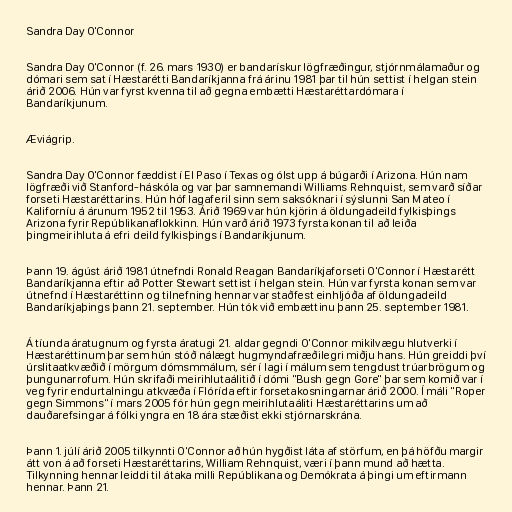
Sandra Day O'Connor

Sandra Day O'Connor (f. 26. mars 1930) er bandarískur lögfræðingur, stjórnmálamaður og
dómari sem sat í Hæstarétti Bandaríkjanna frá árinu 1981 þar til hún settist í helgan stein
árið 2006. Hún var fyrst kvenna til að gegna embætti Hæstaréttardómara í
Bandaríkjunum.

Æviágrip.

Sandra Day O'Connor fæddist í El Paso í Texas og ólst upp á búgarði í Arizona. Hún nam
lögfræði við Stanford-háskóla og var þar samnemandi Williams Rehnquist, sem varð síðar
forseti Hæstaréttarins. Hún hóf lagaferil sinn sem saksóknari í sýslunni San Mateo í
Kaliforníu á árunum 1952 til 1953. Árið 1969 var hún kjörin á öldungadeild fylkisþings
Arizona fyrir Repúblikanaflokkinn. Hún varð árið 1973 fyrsta konan til að leiða
þingmeirihluta á efri deild fylkisþings í Bandaríkjunum.

Þann 19. ágúst árið 1981 útnefndi Ronald Reagan Bandaríkjaforseti O'Connor í Hæstarétt
Bandaríkjanna eftir að Potter Stewart settist í helgan stein. Hún var fyrsta konan sem var
útnefnd í Hæstaréttinn og tilnefning hennar var staðfest einhljóða af öldungadeild
Bandaríkjaþings þann 21. september. Hún tók við embættinu þann 25. september 1981.

Á tíunda áratugnum og fyrsta áratugi 21. aldar gegndi O'Connor mikilvægu hlutverki í
Hæstaréttinum þar sem hún stóð nálægt hugmyndafræðilegri miðju hans. Hún greiddi því
úrslitaatkvæðið í mörgum dómsmmálum, sér í lagi í málum sem tengdust trúarbrögum og
þungunarrofum. Hún skrifaði meirihlutaálitið í dómi "Bush gegn Gore" þar sem komið var í
veg fyrir endurtalningu atkvæða í Flórída eftir forsetakosningarnar árið 2000. Í máli "Roper
gegn Simmons" í mars 2005 fór hún gegn meirihlutaáliti Hæstaréttarins um að
dauðarefsingar á fólki yngra en 18 ára stæðist ekki stjórnarskrána.

Þann 1. júlí árið 2005 tilkynnti O'Connor að hún hygðist láta af störfum, en þá höfðu margir
átt von á að forseti Hæstaréttarins, William Rehnquist, væri í þann mund að hætta.
Tilkynning hennar leiddi til átaka milli Repúblikana og Demókrata á þingi um eftirmann
hennar. Þann 21.